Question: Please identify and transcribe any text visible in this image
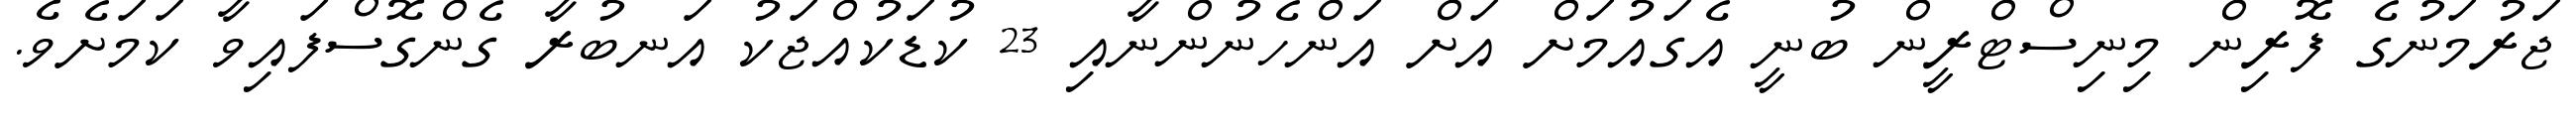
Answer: ޖަރުމަނުގެ ފޮރިން މިނިސްޓްރީން ބުނީ އެގައުމަށް އަށް އަންހެނުންނާއި 23 ކުޑަކުއްޖަކު އަނބުރާ ގެންގޮސްފައިވާ ކަމަށެވެ.